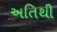
અતિથી